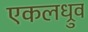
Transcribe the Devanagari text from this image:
एकलध्रुव